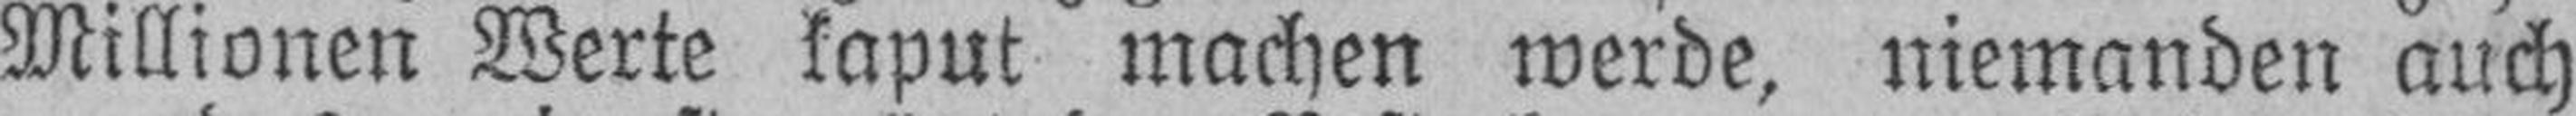
Millionen Werte kaput machen werde, niemanden auch